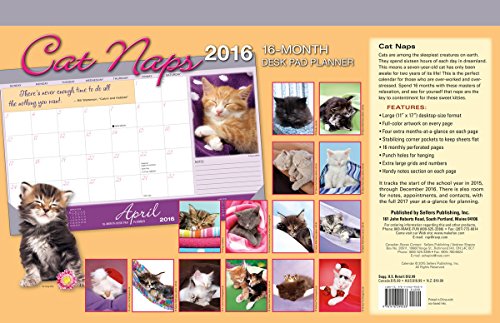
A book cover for Cat Naps 2016 Desk Pad Planner Calendar; Sellers Publishing; Calendars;